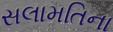
સલામતિના